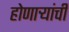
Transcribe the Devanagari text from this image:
होणार्‍यांची